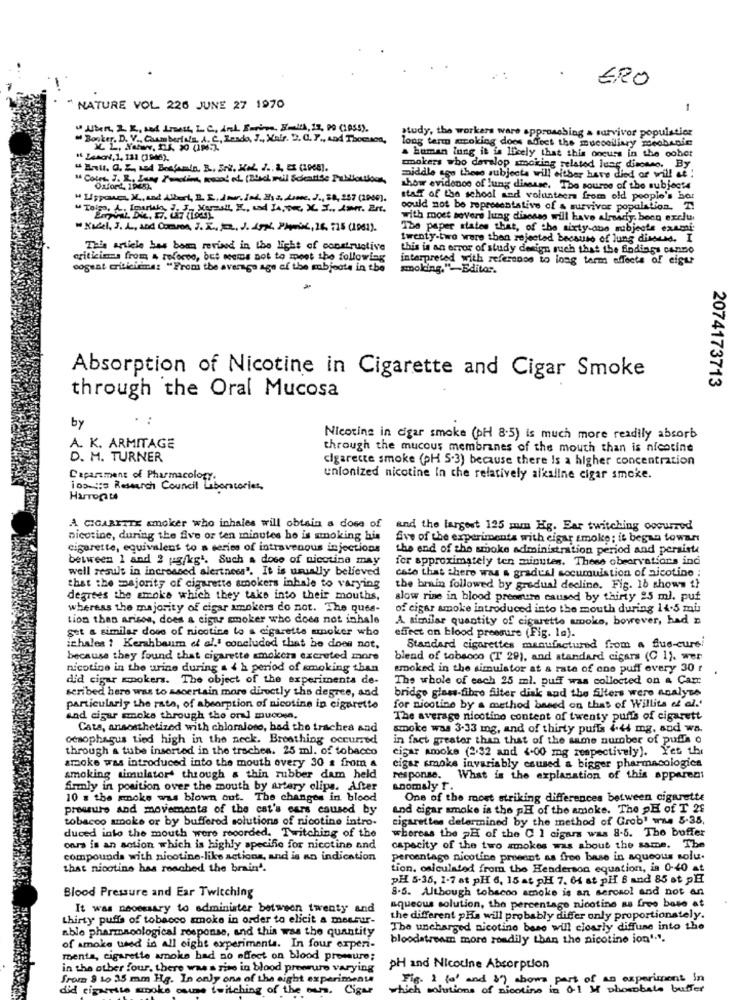
ERO
NATURE VOL 226 JUNE 27 1970
-
" When, 2 K, set List, L. C, And Birine. Smith, 12, 00 (1955).
study, the workers ware approaching a survivor populstier
"Booker. D. V ., Caumberfala, A. C, Lesdo, J ., Malr. D. C. P ., And Thomson,
long term moking doos affect the muccciliary mechanic
" Lenord, 1, 131 (1946),
a human lung it is licely that this occurs in the oohot
makers who develop smoking related lune disonno. By
middle ago these subjects will either have died or will et :
show evidence of lung disease. The source of the subjects
staff of the school and volunteers from old people's bor
" Tolgo, A. Tourkis, J. J. Marsall, E ., and 14, 9m, X. J ., Air. En.
could not be representative of a survivor population. T.
with most severe lung disease will have already been exclu
" Kabel, J. L, and Orson, J. K. FR. J. 154 Phmix, 16 715 (1961).
The paper states that, of the sixty-due subjects exami-
twenty-two were then rejected because of lung disseMe. I
This article bas boun revised in the light of constructive
this is an error of study design such that the findings cano
criticisms from 4 refocco, but wems not to meet the following
interpreted with reference to long term effects of eigur
cogent criticimme: "From the average age of the subjects in the
smoking."-Editor.
Absorption of Nicotine in Cigarette and Cigar Smoke
2074173713
through the Oral Mucosa
by
Nicotine in cigar smoke (pH 8.5) is much more readily absorb
A. K. ARMITAGE
through the mucous membranes of the mouth than is nicotine
D. M. TURNER
cigarette smoke (pH 5.3) because there Is a higher concentration
Caparament of Pharmacology.
unionized nicotine in che relatively alkaline cigar smoke.
10 ::= Research Council Laboratories
A CIGARETTE smoker who inhales will obtain a dose of
and the largest 125 mm Hg. Ear twitching occurred
nicotine, during the five or ten minutes ho is smoking his
Sve of the experiments with cigar smoke; it began towar
cigarette, equivalent to a series of intravenous injections
the end of the smoke administration period and persiste
between 1 and 2 ug/kgt. Such a dose of nicotine may
for approximately ten minutes. These obrervations ind
well result in increased alertness". It is usually believed
caso that there was a gradual socumulation of nicotine :
that the majority of cigarette smokers inhale to varying
the brain followed by gradual decline. Fig. 16 shows 1}
degrees the smoke which they take into their mouths,
slow rise in blood pressure caused by thirty 95 ml. puf
whereas the majority of cigar smokers do not. The ques-
of cigar smoke introduced into the mouth during 14.5 mis
tion than arises, does a cigar smoker who does not inhale
A similar quantity of cigarette smoke, however, had n
Set a similar dose of nicotice to a cigarette smoker who
effect on blood pressure (Fig. la).
ichales ? Kershbaum et al.' concluded that he does not,
Standard cigarettes manufactured from a flue-cure!
because they found that cigarette smokers excreted more
blend of tobacco (T 29), and standard cigars (C 1), wer
nicotine in the urine during a 4 h period of smoking than
smoked in the simulator at & rate of one puff every 30 !
did cigar mokers. The object of the experimenta de-
The whole of each 25 ml. puff was collected on & Carr
seribed hero was to ascertain more directly the degree, and
bridge glow-fibro filter disk and the Siters were analyse
particularly the rate, of absorption of nicotine in cigarette
for nicotine by a method based on that of Willits of al."
and cigar moks through the on] mucosa.
The average nicotine content of twenty puffs of cigarett
Cata, ansesthetized with chloralose, bad the trachea and
smoke was 3-33 mg, and of thirty puffs i.44 mg, and wa.
oesophagus tied high in the neck. Breathing occurred
in fact greater than that of the same number of puffs o
through a tube inserted in the trachea. 25 ml. of tobacco
cigar amoke (2.32 and <- 00 mg respectively). Yet the
smoke was introduced into the mouth overy 30 a from a
cigar smoke invariably caused a bigger pharmacologics
smoking simulator through a thin rubber dam held
response. What is the explanation of this apparent
firmly in position over the mouth by artery clips. After
Anomaly T.
10 s the moke was blown out. The changes in blood
One of the most striking differences between cigarette
pressure and movements of the cat's ears caused by
and cigar smoke is the pH of the amoke. The pH of T 28
tobacco smoke or by buffered solutions of nicotine intro-
cigarettes determined by the method of Grob' wwe 5-35,
duced into the mouth were recorded. Twitching of the
whereas the pH of the C 1 cigars was 8-5. The buffer
onrs is an action which is highly specific for nicotine and
capacity of the two smokes was about the same. The
compounds with nicotine-like actions, and is an indication
percentage nicotine prosent as free base in aqueous solu.
that nicotine has reached the brain'.
tion, calculated from the Henderson equation, in 0-40 at
PH 5-35, 1-7 at pH 6, 15 at pH 7. 64 at pHf 8 and 85 ot pH
8.5. Although tobscoo smoke is an sercsol and not an
Blood Pressure and Ear Twitching
It was necessary to administer between twenty and
aqueous solution, the percentage nicotine as free base at
thirty puffs of tobacco smoke in order to elicit a meshuir-
the different pha will probably differ only proportionstely.
able pharmacological response, and this was the quantity
The uncharged nicotine base will clearly diffuse into the
bloodstream more readily than the nicotine ion'.".
of smoke used in all eight experiments. In four experi-
mente, cigarette smoke had no effect on blood pressure;
in the other four, there was a rise in blood preouro varying
pH and Nicotine Absorption
from 8 to 35 mm Hg. In only one of the eight experimenta
Fig. 1 (' and b) shows part of an experiment in
did cigarette spoke ouune twitching of the sun,
Cigar
solutions of nicotine in 0.1 M phosobale buffer